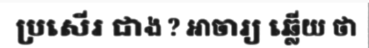
ប្រសើរ ជាង ? អាចារ្យ ឆ្លើយ ថា